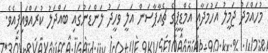
މުހައްމަދު ޖަމީލު އަހުމަދާއި އެމްޑީޕީގެ ޗެއާޕާސަން އަލީ ވަހީދު ލަންޑަނުގައި ބައްދަލު ކުރައްވައިފިއެވެ.